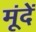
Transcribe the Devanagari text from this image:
मूंदें